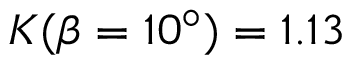
K ( \beta = 1 0 ^ { \circ } ) = 1 . 1 3